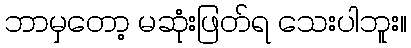
ဘာမှတော့ မဆုံးဖြတ်ရ သေးပါဘူး။